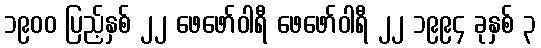
၁၉၀၀ ပြည့်နှစ် ၂၂ ဖေဖော်ဝါရီ ဖေဖော်ဝါရီ ၂၂ ၁၉၉၄ ခုနှစ် ၃